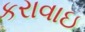
કરાવાઇ